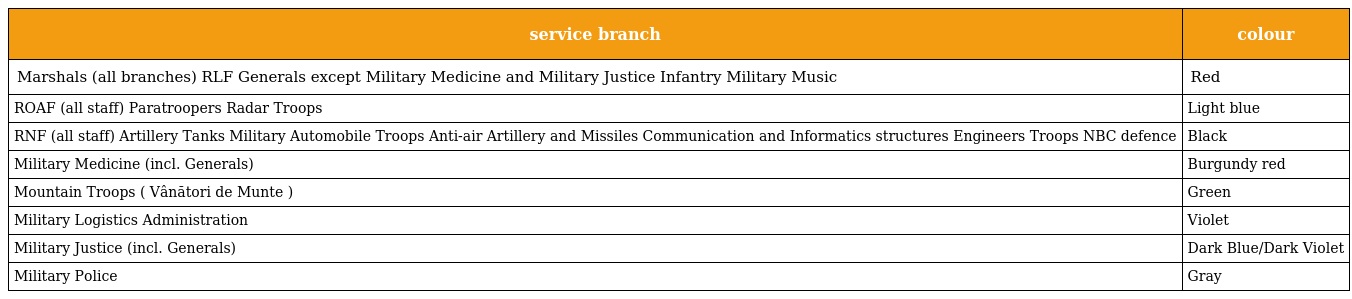
| service branch | colour |
 | --- | --- |
 | Marshals (all branches) RLF Generals except Military Medicine and Military Justice Infantry Military Music | Red |
 | ROAF (all staff) Paratroopers Radar Troops | Light blue |
 | RNF (all staff) Artillery Tanks Military Automobile Troops Anti-air Artillery and Missiles Communication and Informatics structures Engineers Troops NBC defence | Black |
 | Military Medicine (incl. Generals) | Burgundy red |
 | Mountain Troops ( Vânători de Munte ) | Green |
 | Military Logistics Administration | Violet |
 | Military Justice (incl. Generals) | Dark Blue/Dark Violet |
 | Military Police | Gray |